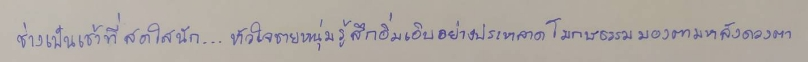
ช่างเป็นเช้าที่สดใสนัก...หัวใจชายหนุ่มรู้สึกอิ่มเอิบอย่างประหลาดโมกษธรรมมองตามหลังดวงตา